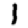
Digit: 1